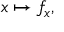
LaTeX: x \mapsto f _ { x } ,